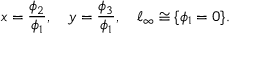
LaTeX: x = { \frac { \phi _ { 2 } } { \phi _ { 1 } } } , \quad y = { \frac { \phi _ { 3 } } { \phi _ { 1 } } } , \quad \ell _ { \infty } \cong \{ \phi _ { 1 } = 0 \} .